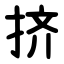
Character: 挤